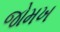
જોમખ